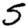
Digit: 5